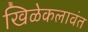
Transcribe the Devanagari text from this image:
खिळेकलावंत